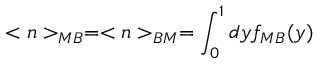
< n > _ { M B } = < n > _ { B M } = \int _ { 0 } ^ { 1 } d y f _ { M B } ( y )